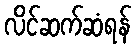
လိင်ဆက်ဆံရန်